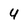
Character: 4